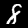
Digit: 8